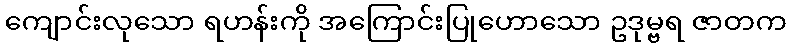
ကျောင်းလုသော ရဟန်းကို အကြောင်းပြုဟောသော ဥဒုမ္ဗရ ဇာတက